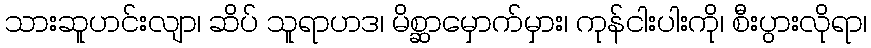
သားဆူဟင်းလျာ၊ ဆိပ် သူရာဟဒ၊ မိစ္ဆာမှောက်မှား၊ ကုန်ငါးပါးကို၊ စီးပွားလိုရာ၊